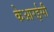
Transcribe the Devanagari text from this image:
केआरईसी